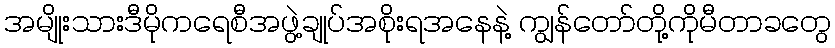
အမျိုးသားဒီမိုကရေစီအဖွဲ့ချုပ်အစိုးရအနေနဲ့ ကျွန်တော်တို့ကိုမီတာခတွေ